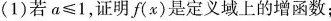
(1)若α≤1，证明f(x)是定义域上的增函数；